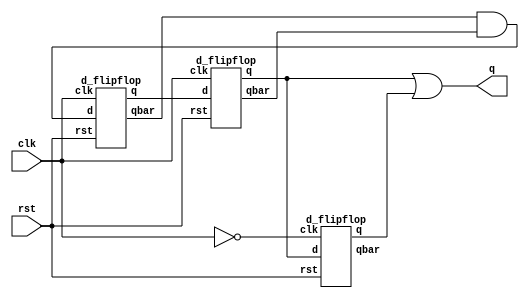
`timescale 1ns / 1ps
//////////////////////////////////////////////////////////////////////////////////
// Company: 
// Engineer: 
// 
// Design Name: 
// Module Name: divideby3
// Project Name: 
// Target Devices: 
// Tool Versions: 
// Description: 
// 
// Dependencies: 
// 
// Revision:
// Revision 0.01 - File Created
// Additional Comments:
// 
//////////////////////////////////////////////////////////////////////////////////


module divideby3(
    input clk,rst,
    output q
    );
    wire w1,w2;
     wire qbar,qbar1,qbar2,q1,q2;
     
    d_flipflop a1(w2,clk,rst,w1,qbar1);
    d_flipflop a2(w1,clk,rst,q1,qbar);
    and a3(w2,qbar1,qbar);
    d_flipflop a4(q1,~clk,rst,q2,qbar2);
    or a5(q,q1,q2);
endmodule
module d_flipflop(
input d,clk,rst,
output reg q,qbar);
initial begin q=0;qbar=0; end
always@(posedge clk)
begin
if(rst)
begin
q=0;
qbar=1;
end
else
begin
q=d;
qbar=~q; 
end
end
endmodule